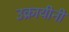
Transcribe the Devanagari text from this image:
उक्रायीनी